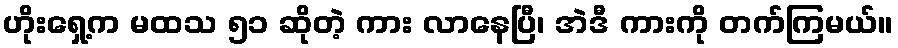
ဟိုးရှေ့က မထသ ၅၁ ဆိုတဲ့ ကား လာနေပြီ၊ အဲဒီ ကားကို တက်ကြမယ်။